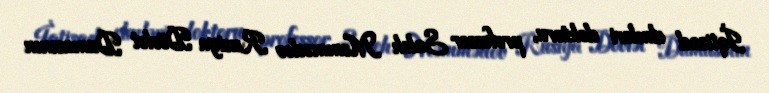
İqtisad elmləri doktoru, professor Saleh Məmmədov Rusiya Dövlət Dumasının